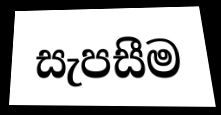
සැපසීම